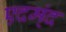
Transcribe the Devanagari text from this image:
एदम्ंद